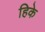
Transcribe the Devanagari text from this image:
हिके